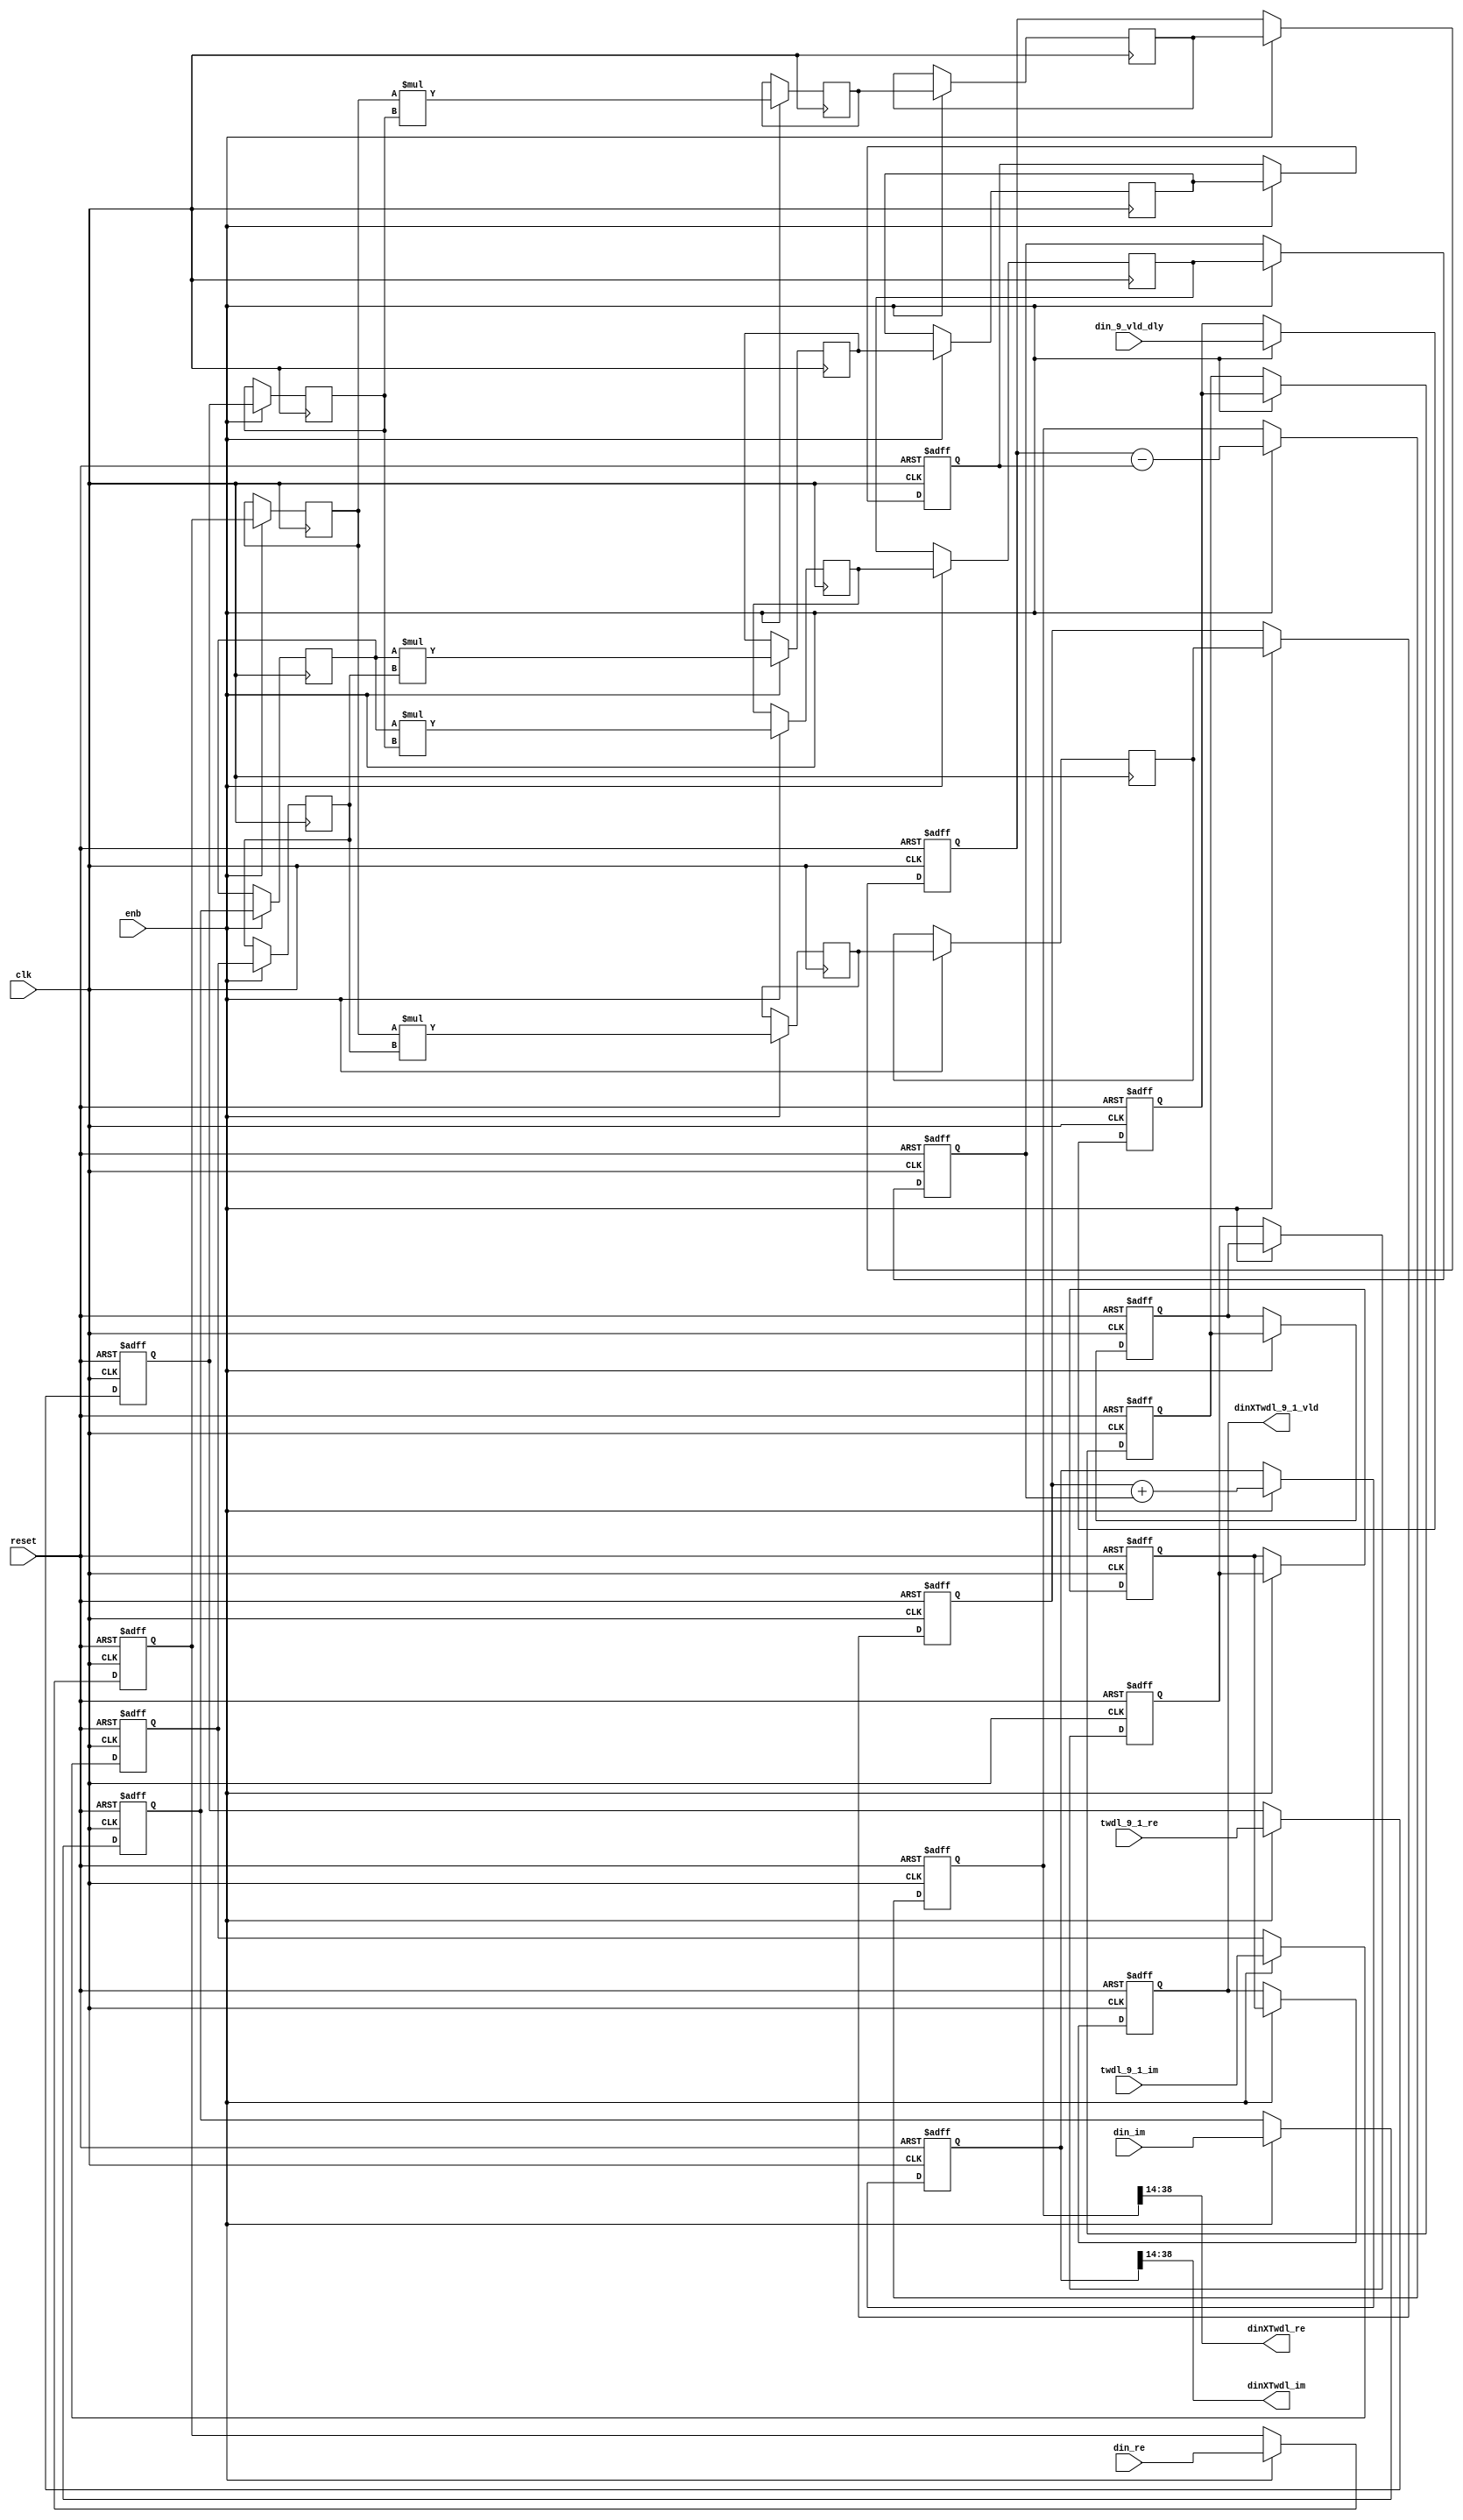
// -------------------------------------------------------------
// 
// 
// Generated by MATLAB 9.13 and HDL Coder 4.0
// 
// -------------------------------------------------------------


// -------------------------------------------------------------
// 
// Module: Complex4Multiply_block2
// Source Path: tb_FFT/DUT/FFT/RADIX22FFT_SDF1_9/Complex4Multiply
// Hierarchy Level: 3
// 
// -------------------------------------------------------------

`timescale 1 ns / 1 ns

module Complex4Multiply_block2
          (clk,
           reset,
           enb,
           din_re,
           din_im,
           din_9_vld_dly,
           twdl_9_1_re,
           twdl_9_1_im,
           dinXTwdl_re,
           dinXTwdl_im,
           dinXTwdl_9_1_vld);


  input   clk;
  input   reset;
  input   enb;
  input   signed [24:0] din_re;  // sfix25_En13
  input   signed [24:0] din_im;  // sfix25_En13
  input   din_9_vld_dly;
  input   signed [15:0] twdl_9_1_re;  // sfix16_En14
  input   signed [15:0] twdl_9_1_im;  // sfix16_En14
  output  signed [24:0] dinXTwdl_re;  // sfix25_En13
  output  signed [24:0] dinXTwdl_im;  // sfix25_En13
  output  dinXTwdl_9_1_vld;


  reg signed [24:0] din_re_reg;  // sfix25_En13
  reg signed [24:0] din_im_reg;  // sfix25_En13
  reg signed [15:0] twdl_re_reg;  // sfix16_En14
  reg signed [15:0] twdl_im_reg;  // sfix16_En14
  reg signed [24:0] Complex4Multiply_din1_re_pipe1;  // sfix25
  reg signed [24:0] Complex4Multiply_din1_im_pipe1;  // sfix25
  reg signed [40:0] Complex4Multiply_mult1_re_pipe1;  // sfix41
  reg signed [40:0] Complex4Multiply_mult2_re_pipe1;  // sfix41
  reg signed [40:0] Complex4Multiply_mult1_im_pipe1;  // sfix41
  reg signed [40:0] Complex4Multiply_mult2_im_pipe1;  // sfix41
  reg signed [15:0] Complex4Multiply_twiddle_re_pipe1;  // sfix16
  reg signed [15:0] Complex4Multiply_twiddle_im_pipe1;  // sfix16
  reg signed [40:0] prod1_re;  // sfix41_En27
  reg signed [40:0] prod1_im;  // sfix41_En27
  reg signed [40:0] prod2_re;  // sfix41_En27
  reg signed [40:0] prod2_im;  // sfix41_En27
  reg  din_vld_dly1;
  reg  din_vld_dly2;
  reg  din_vld_dly3;
  reg  prod_vld;
  reg signed [41:0] Complex4Add_multRes_re_reg;  // sfix42
  reg signed [41:0] Complex4Add_multRes_im_reg;  // sfix42
  reg  Complex4Add_prod_vld_reg1;
  reg signed [40:0] Complex4Add_prod1_re_reg;  // sfix41
  reg signed [40:0] Complex4Add_prod1_im_reg;  // sfix41
  reg signed [40:0] Complex4Add_prod2_re_reg;  // sfix41
  reg signed [40:0] Complex4Add_prod2_im_reg;  // sfix41
  wire signed [41:0] Complex4Add_multRes_re_reg_next;  // sfix42_En27
  wire signed [41:0] Complex4Add_multRes_im_reg_next;  // sfix42_En27
  wire signed [41:0] Complex4Add_sub_cast;  // sfix42_En27
  wire signed [41:0] Complex4Add_sub_cast_1;  // sfix42_En27
  wire signed [41:0] Complex4Add_add_cast;  // sfix42_En27
  wire signed [41:0] Complex4Add_add_cast_1;  // sfix42_En27
  wire signed [41:0] mulResFP_re;  // sfix42_En27
  wire signed [41:0] mulResFP_im;  // sfix42_En27
  reg  dinXTwdl_9_1_vld_1;

  initial begin
    Complex4Multiply_din1_re_pipe1 = 25'sb0000000000000000000000000;
    Complex4Multiply_din1_im_pipe1 = 25'sb0000000000000000000000000;
    Complex4Multiply_twiddle_re_pipe1 = 16'sb0000000000000000;
    Complex4Multiply_twiddle_im_pipe1 = 16'sb0000000000000000;
    Complex4Multiply_mult1_re_pipe1 = 41'sh00000000000;
    Complex4Multiply_mult2_re_pipe1 = 41'sh00000000000;
    Complex4Multiply_mult1_im_pipe1 = 41'sh00000000000;
    Complex4Multiply_mult2_im_pipe1 = 41'sh00000000000;
    prod1_re = 41'sh00000000000;
    prod2_re = 41'sh00000000000;
    prod1_im = 41'sh00000000000;
    prod2_im = 41'sh00000000000;
  end

  always @(posedge clk or posedge reset)
    begin : intdelay_process
      if (reset == 1'b1) begin
        din_re_reg <= 25'sb0000000000000000000000000;
      end
      else begin
        if (enb) begin
          din_re_reg <= din_re;
        end
      end
    end



  always @(posedge clk or posedge reset)
    begin : intdelay_1_process
      if (reset == 1'b1) begin
        din_im_reg <= 25'sb0000000000000000000000000;
      end
      else begin
        if (enb) begin
          din_im_reg <= din_im;
        end
      end
    end



  always @(posedge clk or posedge reset)
    begin : intdelay_2_process
      if (reset == 1'b1) begin
        twdl_re_reg <= 16'sb0000000000000000;
      end
      else begin
        if (enb) begin
          twdl_re_reg <= twdl_9_1_re;
        end
      end
    end



  always @(posedge clk or posedge reset)
    begin : intdelay_3_process
      if (reset == 1'b1) begin
        twdl_im_reg <= 16'sb0000000000000000;
      end
      else begin
        if (enb) begin
          twdl_im_reg <= twdl_9_1_im;
        end
      end
    end



  // Complex4Multiply
  always @(posedge clk)
    begin : Complex4Multiply_process
      if (enb) begin
        prod1_re <= Complex4Multiply_mult1_re_pipe1;
        prod2_re <= Complex4Multiply_mult2_re_pipe1;
        prod1_im <= Complex4Multiply_mult1_im_pipe1;
        prod2_im <= Complex4Multiply_mult2_im_pipe1;
        Complex4Multiply_mult1_re_pipe1 <= Complex4Multiply_din1_re_pipe1 * Complex4Multiply_twiddle_re_pipe1;
        Complex4Multiply_mult2_re_pipe1 <= Complex4Multiply_din1_im_pipe1 * Complex4Multiply_twiddle_im_pipe1;
        Complex4Multiply_mult1_im_pipe1 <= Complex4Multiply_din1_re_pipe1 * Complex4Multiply_twiddle_im_pipe1;
        Complex4Multiply_mult2_im_pipe1 <= Complex4Multiply_din1_im_pipe1 * Complex4Multiply_twiddle_re_pipe1;
        Complex4Multiply_twiddle_re_pipe1 <= twdl_re_reg;
        Complex4Multiply_twiddle_im_pipe1 <= twdl_im_reg;
        Complex4Multiply_din1_re_pipe1 <= din_re_reg;
        Complex4Multiply_din1_im_pipe1 <= din_im_reg;
      end
    end



  always @(posedge clk or posedge reset)
    begin : intdelay_4_process
      if (reset == 1'b1) begin
        din_vld_dly1 <= 1'b0;
      end
      else begin
        if (enb) begin
          din_vld_dly1 <= din_9_vld_dly;
        end
      end
    end



  always @(posedge clk or posedge reset)
    begin : intdelay_5_process
      if (reset == 1'b1) begin
        din_vld_dly2 <= 1'b0;
      end
      else begin
        if (enb) begin
          din_vld_dly2 <= din_vld_dly1;
        end
      end
    end



  always @(posedge clk or posedge reset)
    begin : intdelay_6_process
      if (reset == 1'b1) begin
        din_vld_dly3 <= 1'b0;
      end
      else begin
        if (enb) begin
          din_vld_dly3 <= din_vld_dly2;
        end
      end
    end



  always @(posedge clk or posedge reset)
    begin : intdelay_7_process
      if (reset == 1'b1) begin
        prod_vld <= 1'b0;
      end
      else begin
        if (enb) begin
          prod_vld <= din_vld_dly3;
        end
      end
    end



  // Complex4Add
  always @(posedge clk or posedge reset)
    begin : Complex4Add_process
      if (reset == 1'b1) begin
        Complex4Add_multRes_re_reg <= 42'sh00000000000;
        Complex4Add_multRes_im_reg <= 42'sh00000000000;
        Complex4Add_prod1_re_reg <= 41'sh00000000000;
        Complex4Add_prod1_im_reg <= 41'sh00000000000;
        Complex4Add_prod2_re_reg <= 41'sh00000000000;
        Complex4Add_prod2_im_reg <= 41'sh00000000000;
        Complex4Add_prod_vld_reg1 <= 1'b0;
        dinXTwdl_9_1_vld_1 <= 1'b0;
      end
      else begin
        if (enb) begin
          Complex4Add_multRes_re_reg <= Complex4Add_multRes_re_reg_next;
          Complex4Add_multRes_im_reg <= Complex4Add_multRes_im_reg_next;
          Complex4Add_prod1_re_reg <= prod1_re;
          Complex4Add_prod1_im_reg <= prod1_im;
          Complex4Add_prod2_re_reg <= prod2_re;
          Complex4Add_prod2_im_reg <= prod2_im;
          dinXTwdl_9_1_vld_1 <= Complex4Add_prod_vld_reg1;
          Complex4Add_prod_vld_reg1 <= prod_vld;
        end
      end
    end

  assign Complex4Add_sub_cast = {Complex4Add_prod1_re_reg[40], Complex4Add_prod1_re_reg};
  assign Complex4Add_sub_cast_1 = {Complex4Add_prod2_re_reg[40], Complex4Add_prod2_re_reg};
  assign Complex4Add_multRes_re_reg_next = Complex4Add_sub_cast - Complex4Add_sub_cast_1;
  assign Complex4Add_add_cast = {Complex4Add_prod1_im_reg[40], Complex4Add_prod1_im_reg};
  assign Complex4Add_add_cast_1 = {Complex4Add_prod2_im_reg[40], Complex4Add_prod2_im_reg};
  assign Complex4Add_multRes_im_reg_next = Complex4Add_add_cast + Complex4Add_add_cast_1;
  assign mulResFP_re = Complex4Add_multRes_re_reg;
  assign mulResFP_im = Complex4Add_multRes_im_reg;



  assign dinXTwdl_re = mulResFP_re[38:14];



  assign dinXTwdl_im = mulResFP_im[38:14];



  assign dinXTwdl_9_1_vld = dinXTwdl_9_1_vld_1;

endmodule  // Complex4Multiply_block2